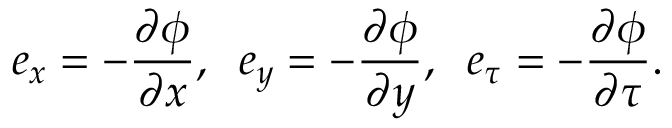
e _ { x } = - \frac { \partial \phi } { \partial x } , \; \; e _ { y } = - \frac { \partial \phi } { \partial y } , \; \; e _ { \tau } = - \frac { \partial \phi } { \partial \tau } .